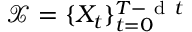
\mathcal { X } = \{ X _ { t } \} _ { t = 0 } ^ { T - \mathrm { ~ d ~ } t }